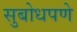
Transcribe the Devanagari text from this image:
सुबोधपणे